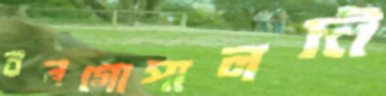
রনগোপালদী